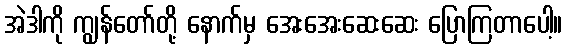
အဲဒါကို ကျွန်တော်တို့ နောက်မှ အေးအေးဆေးဆေး ပြောကြတာပေါ့။